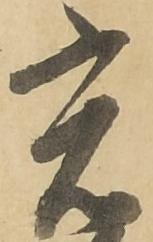
光